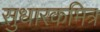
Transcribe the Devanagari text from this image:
सुधारकमित्र